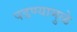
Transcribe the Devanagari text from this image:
पडण्यामुळे